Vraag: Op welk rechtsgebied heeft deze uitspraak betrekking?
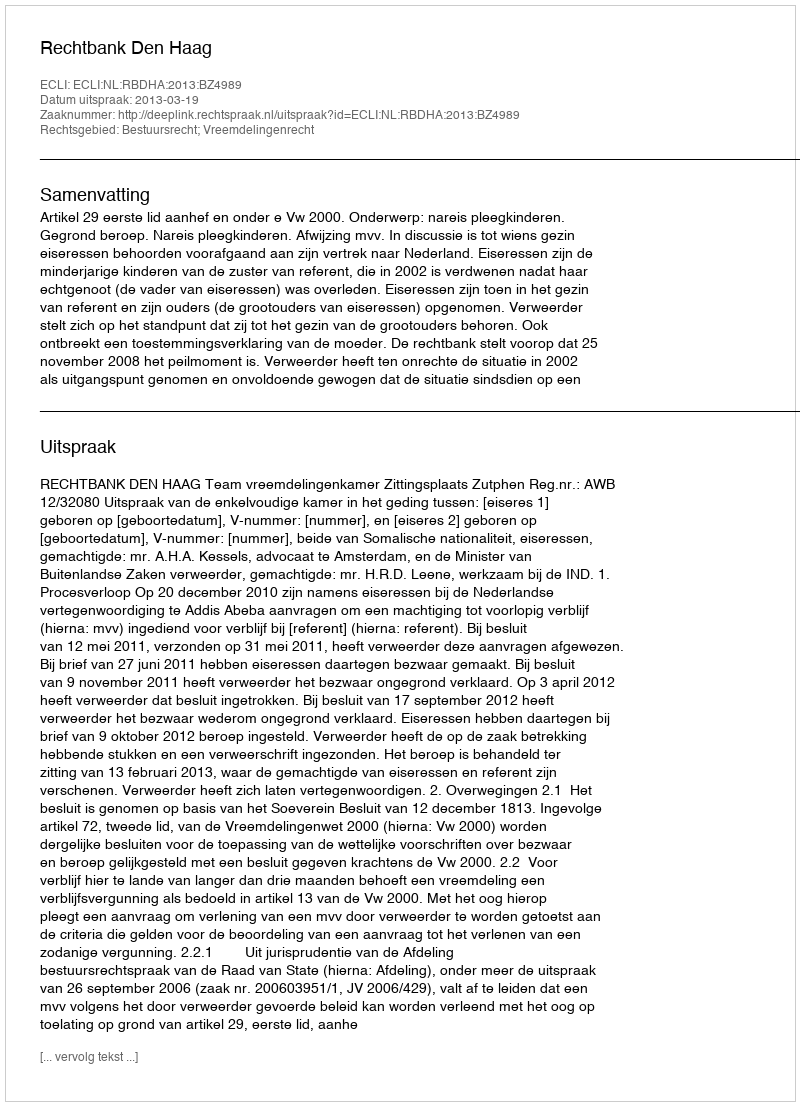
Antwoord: Bestuursrecht; Vreemdelingenrecht